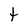
Character: t